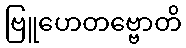
ဗြူဟေတဗ္ဗောတိ